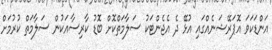
އަންޑަކަވަ އޮޕަރޭޝަނެއްގައި އުޅޭ ދެ އެޖެންޓަކު ސަލާމަތްކޮށް ބޮޑު ކާރިސާއަކުން ސަލާމަތް ކުރުމަށް